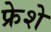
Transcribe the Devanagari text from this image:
फ्रेशे